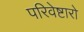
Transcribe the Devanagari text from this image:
परिवेष्टारो